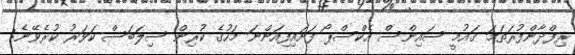
ރިފްދާންފުރަތަމަ ގައުމީ ސައިންސް އެކްސްޕޯ ފަށައިފިއަންނަ މަހުގެ ކުރިން ސިލަބަސް ކަވަރު ކުރެވޭނެ: